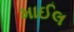
માઈલ